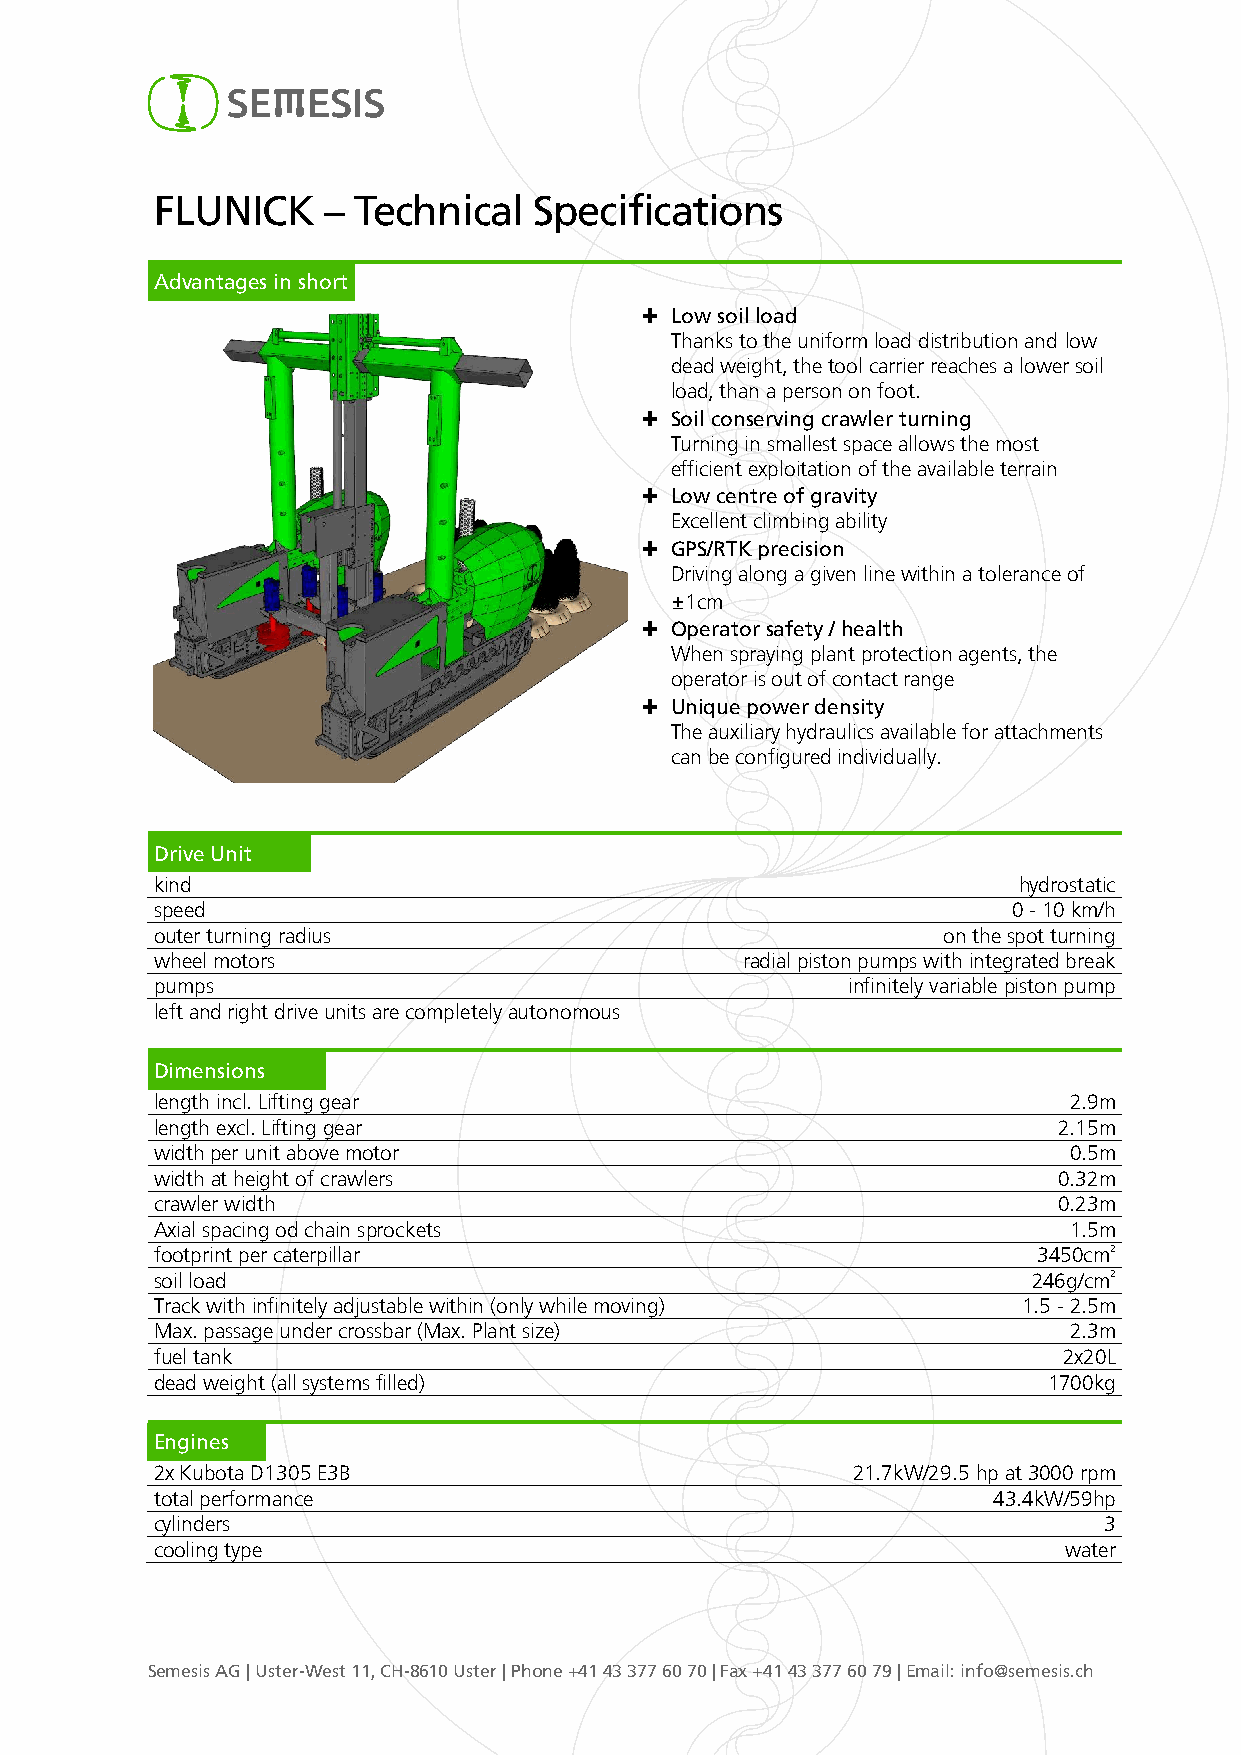
FLUNICK    – Technical   Specifications
 Advantages in short
 ✚ Low soil load
 Thanks to the uniform load distribution and low
 dead weight, the tool carrier reaches a lower soil
 load, than a person on foot.
 ✚ Soil conserving crawler turning
 Turning in smallest space allows the most
 efficient exploitation of the available terrain
 ✚ Low centre of gravity
 Excellent climbing ability
 ✚ GPS/RTK precision
 Driving along a given line within a tolerance of
 ±1cm
 ✚ Operator safety / health
 When spraying plant protection agents, the
 operator is out of contact range
 ✚ Unique power density
 The auxiliary hydraulics available for attachments
 can be configured individually.
 Drive Unit
 kind                                                     hydrostatic
 speed                                                    0 - 10 km/h
 outer turning radius                                on the spot turning
 wheel motors                           radial piston pumps with integrated break
 pumps                                         infinitely variable piston pump
 left and right drive units are completely autonomous
 Dimensions
 length incl. Lifting gear                                    2.9m
 length excl. Lifting gear                                   2.15m
 width per unit above motor                                   0.5m
 width at height of crawlers                                 0.32m
 crawler width                                               0.23m
 Axial spacing od chain sprockets                             1.5m
 footprint per caterpillar                                  3450cm2
 soil load                                                 246g/cm2
 Track with infinitely adjustable within (only while moving) 1.5 - 2.5m
 Max. passage under crossbar (Max. Plant size)                2.3m
 fuel tank                                                   2x20L
 dead weight (all systems filled)                           1700kg
 Engines
 2x Kubota D1305 E3B                           21.7kW/29.5 hp at 3000 rpm
 total performance                                       43.4kW/59hp
 cylinders                                                      3
 cooling type                                                water
 Semesis AG | Uster-West 11, CH-8610 Uster | Phone +41 43 377 60 70 | Fax +41 43 377 60 79 | Email: info@semesis.ch